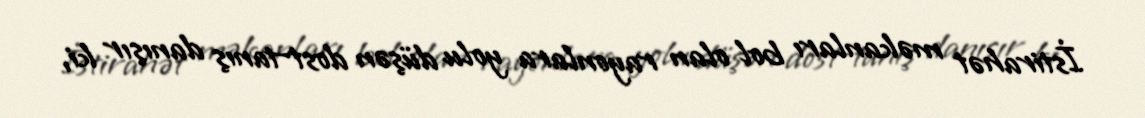
İstirahət məkanları bol olan rayonlara yolu düşən dost-tanış danışır ki,